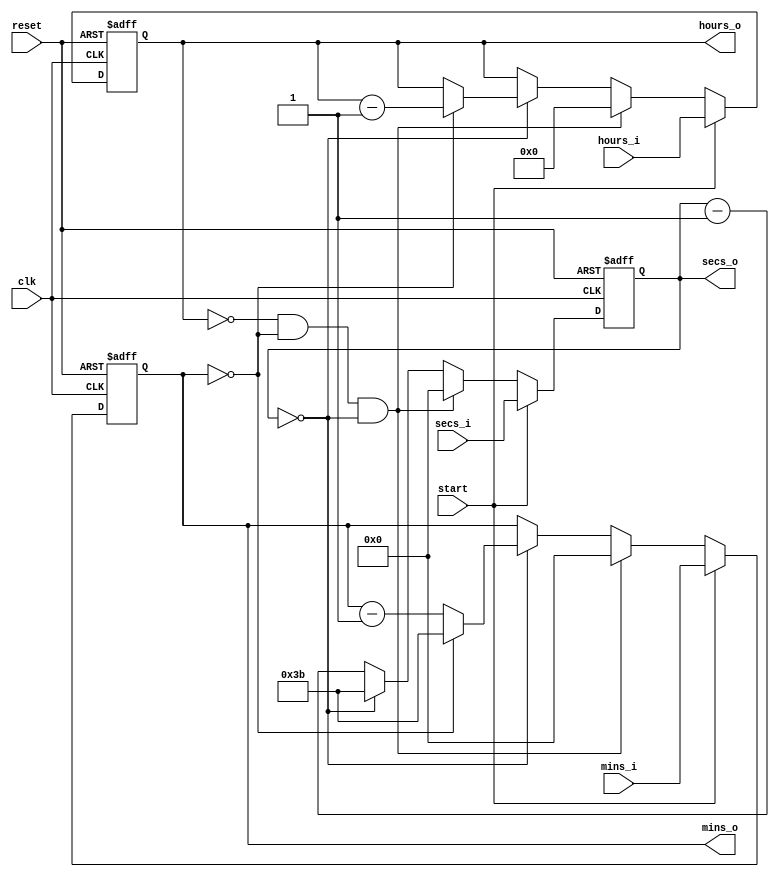
`timescale 1ns / 1ps
//////////////////////////////////////////////////////////////////////////////////
// Company: 
// Engineer: 
// 
// Design Name: 
// Module Name: timer
// Project Name: 
// Target Devices: 
// Tool Versions: 
// Description: 
// 
// Dependencies: 
// 
// Revision:
// Revision 0.01 - File Created
// Additional Comments:
// 
//////////////////////////////////////////////////////////////////////////////////

//FIX LOGIC ERRORS


module timer(start, reset, clk, hours_i, mins_i, secs_i, hours_o, mins_o, secs_o);

input reset, start, clk;
input [4:0]hours_i;
input [5:0]mins_i;
input[5:0]secs_i;

output [4:0] hours_o;
output [5:0] mins_o;
output [5:0] secs_o;

//internal registers
reg [4:0]hours_int;
reg [5:0]mins_int;
reg [5:0]secs_int;



always @(posedge clk or negedge reset) begin
    if (!reset) begin
        hours_int <= 0;
        mins_int <= 0;
        secs_int <= 0;
        
        
    end else if(start) begin
        hours_int <= hours_i;
        mins_int <= mins_i;
        secs_int <= secs_i;
    end else if (hours_int == 0 && mins_int == 0 && secs_int == 0) begin
        hours_int <= 0;
        mins_int <= 0;
        secs_int <= 0;
        
    end else begin   
        if(secs_int == 0) begin
            secs_int <= 59;
            if(mins_int == 0) begin
                mins_int <= 59;
                hours_int <= hours_int - 1;
            end else begin
            mins_int <= mins_int - 1; 
            end
         end else begin
    secs_int <= secs_int - 1; end
    end
 end // always
 

assign hours_o = hours_int;
assign mins_o = mins_int;
assign secs_o = secs_int;

endmodule